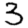
Digit: 3